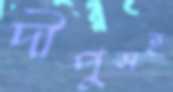
দীপুসহ